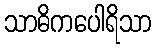
သာဓိကပေါရိသာ